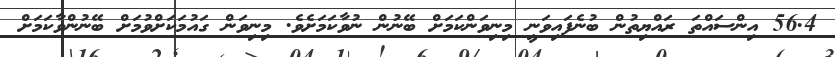
56.4 އިންސައްތަ ރައްޔިތުން ބުނެފައިވަނީ މިިނިވަންކަމަށް ބޭނުން ނުވާކަމަށެވެ. މިނިވަން ގައުމަކަށްވުމަށް ބޭނުންވާކަމަށް